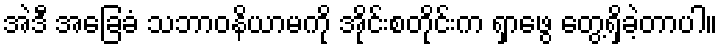
အဲဒီ အခြေခံ သဘာဝနိယာမကို အိုင်းစတိုင်းက ရှာဖွေ တွေ့ရှိခဲ့တာပါ။